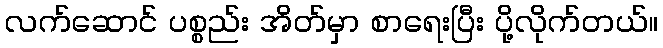
လက်ဆောင် ပစ္စည်း အိတ်မှာ စာရေးပြီး ပို့လိုက်တယ်။